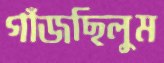
গাঁজছিলুম